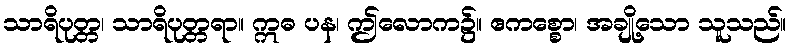
သာရိပုတ္တ၊ သာရိပုတ္တရာ။ ဣဓ ပန၊ ဤလောက၌။ ဧကစ္စော၊ အချို့သော သူသည်။